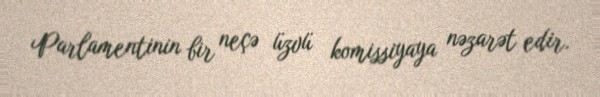
Parlamentinin bir neçə üzvü komissiyaya nəzarət edir.